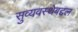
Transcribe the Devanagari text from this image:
सुव्यवस्थेबद्दल